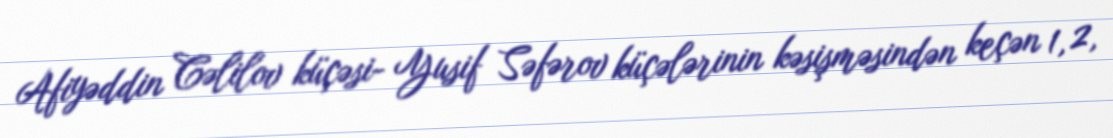
Afiyəddin Cəlilov küçəsi- Yusif Səfərov küçələrinin kəsişməsindən keçən 1, 2,